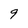
Character: 9